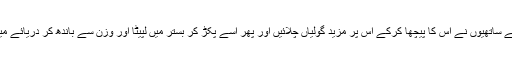
فیلیکس اور اس کے ساتھیوں نے اس کا پیچھا کرکے اس پر مزید گولیاں چلائیں اور پھر اسے پکڑ کر بستر میں لپیٹا اور وزن سے باندھ کر دریائے میکا میں پھینک دیا۔